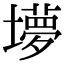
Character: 㙹